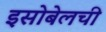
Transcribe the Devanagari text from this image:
इसोबेलची